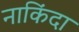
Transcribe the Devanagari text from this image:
नाकिंदा